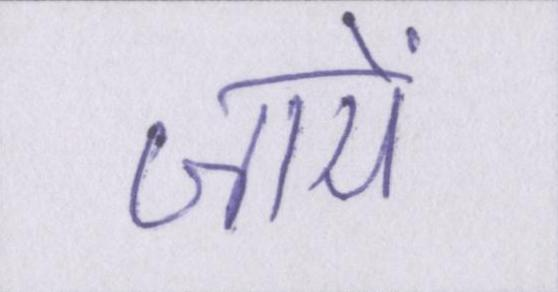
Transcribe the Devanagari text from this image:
जायें